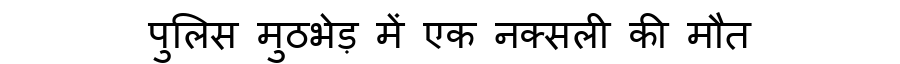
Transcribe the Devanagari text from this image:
पुलिस मुठभेड़ में एक नक्सली की मौत